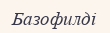
Базофилді